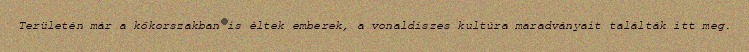
Területén már a kőkorszakban is éltek emberek, a vonaldíszes kultúra maradványait találták itt meg.